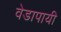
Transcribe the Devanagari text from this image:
वेडापायी